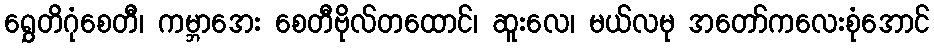
ရွှေတိဂုံစေတီ၊ ကမ္ဘာအေး စေတီဗိုလ်တထောင်၊ ဆူးလေ၊ မယ်လမု အတော်ကလေးစုံအောင်